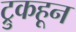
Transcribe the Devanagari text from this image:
ट्रुकहून